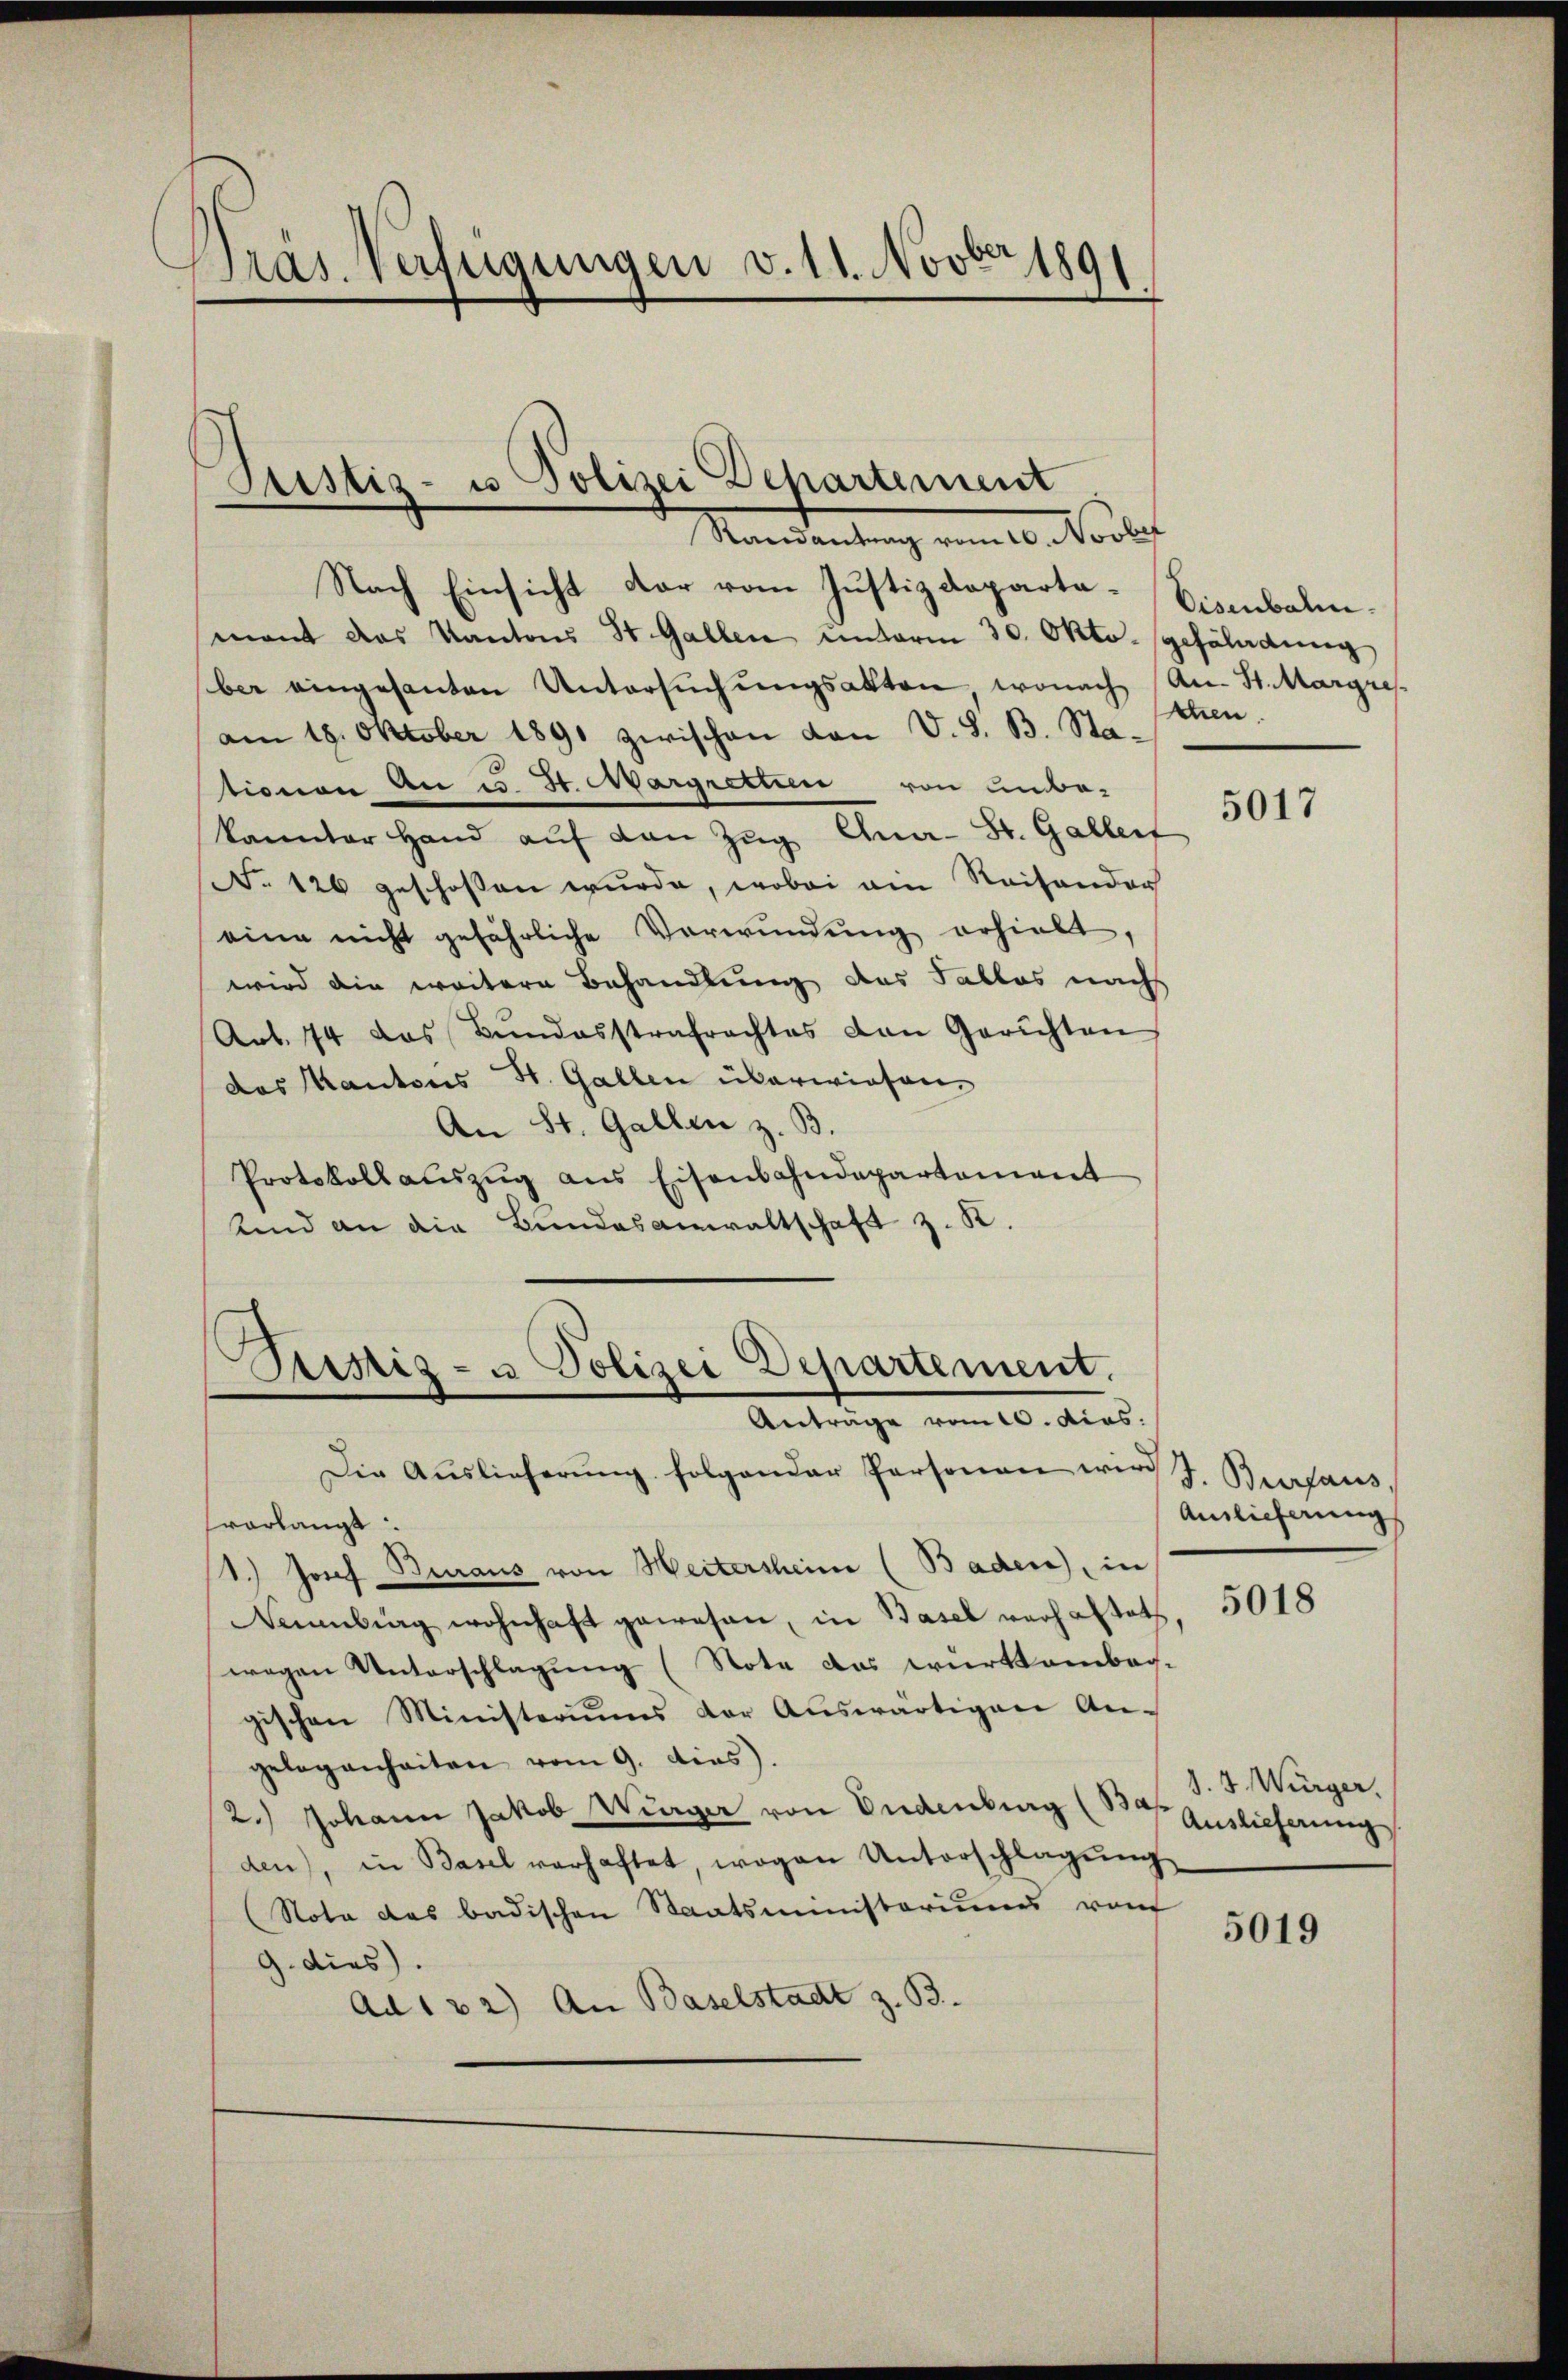
Präs. Verfügungen v. 11. Novber 1891

Justiz- u Polizei Departement
Mandantung vom 10. Novbr

Nach Einsicht dar vom Justizdeparta-Eisenbahnmant das Kantons St. Gallen unterm 30. Okto-geföladung
ber eingesanten Untersŭchŭngsakten, wonach An- St. Margres
am 19. Oktober 1891 zwischen von V. S. B. Stationen An u. St. Margrettin von unbe-
kannter Hand aŭf den Zŭg Ana-St. Gallerf
No 126 geschossen wurde, wobei ein Reisendor
eine nicht gefährliche Verwŭndŭng erhielt,
wird die weitere Behandlung des Tallas nach
Art. 74 das Bŭndesstrafrachtes von Gerichten
das Kantons St. Gallen überwiesen,
An St. Gallen z. B.
Protokoll aŭszŭg ans Eisenbahndepartement
Und an die Bundesanwaltschaft z. K.

Sistiz- u Polizei Departement.
Anträge vom 10. dies

Die Auslieferŭng folgender Personen wird J. Burgaus.
fvorlangt.
1.) Josef Buraus von Heitersheim (Baden, in
Namburg wohnhaft gewesen, in Basel verhaltet
wegen Unterschlagung (Note das würktambach-
gischen Ministeriums der Auswärtigen An-
gelegenheiten vom 9. dies).
2.) Johann Jakob Würger von Endenburg (Bd. Auslieferung
den), in Basel verhaftet, wogen Unterschlägŭng
(Nota des badischen Staatsministeriums vom
9. dies
Ad 122) An Baselstadt z. B.

tten.

5017

Auslieferung

5018

d. 7. Würger.

5019